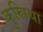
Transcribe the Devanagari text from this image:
कुस्त्रिया